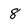
Character: 8